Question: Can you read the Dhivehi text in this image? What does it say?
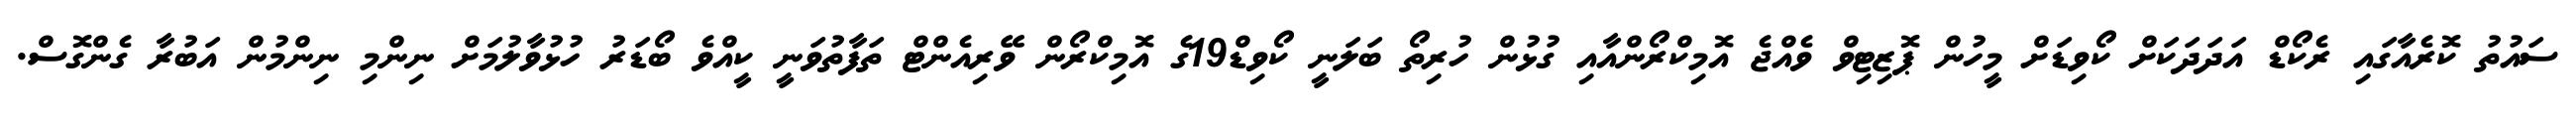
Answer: ސައުތު ކޮރެއާގައި ރެކޯޑް އަދަދަކަށް ކޯވިޑަށް މީހުން ޕޮޒިޓިވް ވެއްޖެ އޮމިކްރޯންއާއި ގުޅުން ހުރިތޯ ބަލަނީ ކޯވިޑް19ގެ އޮމިކްރޯން ވޭރިއެންޓް ތަފާތުވަނީ ކީއްވެ ބޯޑަރު ހުޅުވާލުމަށް ނިންމި ނިންމުން އަބުރާ ގެންގޮސް.